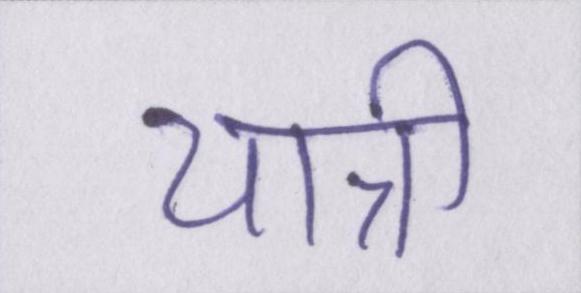
यात्री